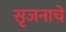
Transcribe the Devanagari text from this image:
सृजनाचे